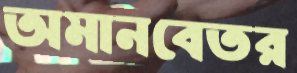
অমানবেতর